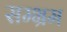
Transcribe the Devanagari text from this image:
सम्‍भ्रम